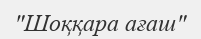
"Шоққара ағаш"